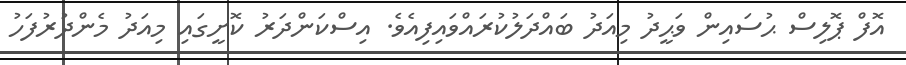
އޮފް ޕޮލިސް ޙުސައިން ވަޙީދު މިއަދު ބައްދަލުކުރައްވައިފިއެވެ. އިސްކަންދަރު ކޮށީގައި މިއަދު މެންދުރުފަހު